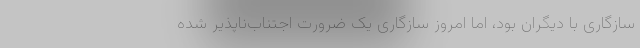
سازگاری با دیگران بود، اما امروز سازگاری یک ضرورت اجتناب‌ناپذیر شده